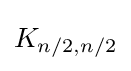
K_{n/2,n/2}